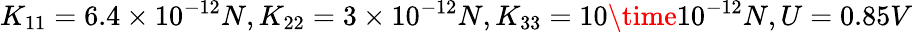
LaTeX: K_{11}=6.4\times 10^{-12}N,K_{22}=3\times 10^{-12}N,K_{33}=10\time 10^{-12}N,U=0.85V